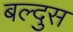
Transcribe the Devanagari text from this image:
बल्दुस